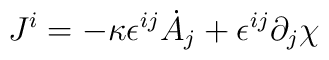
J^i=-\kappa\epsilon^{ij}\dot{A}_j+\epsilon^{ij}\partial_j \chi